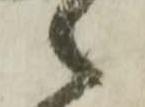
之